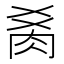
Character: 𰮍